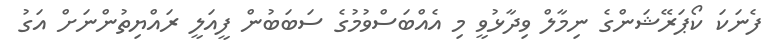
ފެނަކަ ކޯޕަރޭޝަންގެ ނިމާލް ވިދާޅުވީ މި އެއްބަސްވުމުގެ ސަބަބުން ފީއަލީ ރައްޔިތުންނަށް އަގު